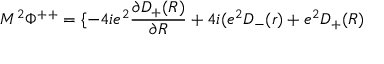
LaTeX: M ^ { 2 } { \Phi } ^ { + + } = \{ - 4 i e ^ { 2 } \frac { { \partial } D _ { + } ( R ) } { { \partial } R } + 4 i ( e ^ { 2 } D _ { - } ( r ) + e ^ { 2 } D _ { + } ( R )